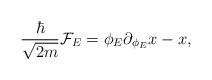
LaTeX: \begin{align*}{\hbar\over\sqrt{2m}}{\cal F}_E=\phi_E \partial_{\phi_E} x-x,\end{align*}